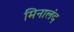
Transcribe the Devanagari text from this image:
मिनालंद